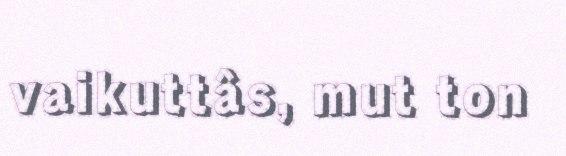
vaikuttâs, mut ton